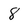
Character: 8